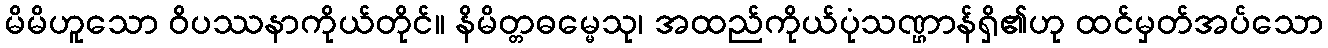
မိမိဟူသော ဝိပဿနာကိုယ်တိုင်။ နိမိတ္တဓမ္မေသု၊ အထည်ကိုယ်ပုံသဏ္ဌာန်ရှိ၏ဟု ထင်မှတ်အပ်သော